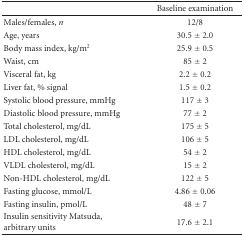
<table><thead><tr><td>[EMPTY_CELL]</td><td><b>Baseline examination</b></td></tr></thead><tbody><tr><td>Males/females, <i>n</i></td><td>12/8</td></tr><tr><td>Age, years</td><td>30.5 ± 2.0</td></tr><tr><td>Body mass index, kg/m2</td><td>25.9 ± 0.5</td></tr><tr><td>Waist, cm</td><td>85 ± 2</td></tr><tr><td>Visceral fat, kg</td><td>2.2 ± 0.2</td></tr><tr><td>Liver fat, % signal</td><td>1.5 ± 0.2</td></tr><tr><td>Systolic blood pressure, mmHg</td><td>117 ± 3</td></tr><tr><td>Diastolic blood pressure, mmHg</td><td>77 ± 2</td></tr><tr><td>Total cholesterol, mg/dL</td><td>175 ± 5</td></tr><tr><td>LDL cholesterol, mg/dL</td><td>106 ± 5</td></tr><tr><td>HDL cholesterol, mg/dL</td><td>54 ± 2</td></tr><tr><td>VLDL cholesterol, mg/dL</td><td>15 ± 2</td></tr><tr><td>Non-HDL cholesterol, mg/dL</td><td>122 ± 5</td></tr><tr><td>Fasting glucose, mmol/L</td><td>4.86 ± 0.06</td></tr><tr><td>Fasting insulin, pmol/L</td><td>48 ± 7</td></tr><tr><td>Insulin sensitivity Matsuda, arbitrary units</td><td>17.6 ± 2.1</td></tr></tbody></table>